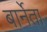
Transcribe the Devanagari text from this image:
बार्नेता